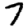
Digit: 7